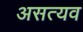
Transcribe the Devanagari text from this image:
असत्यव